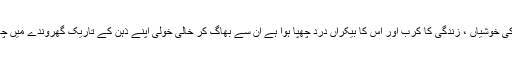
ان سب زندہ حقیقتوں سے پرے جاکر جن میں زندگی کی خوشیاں ، زندگی کا کرب اور اس کا بیکراں درد چھپا ہوا ہے ان سے بھاگ کر خالی خولی اپنے ذہن کے تاریک گھروندے میں چھپ کر ہم کس طرح اس ادب کی تخلیق کرسکتے ہیں۔